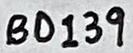
Text: BD139